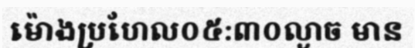
ម៉ោងប្រហែល០៥:៣០ល្ងាច មាន